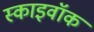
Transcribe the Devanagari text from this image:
स्काइवॉक